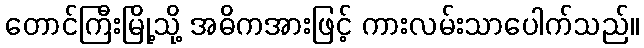
တောင်ကြီးမြို့သို့ အဓိကအားဖြင့် ကားလမ်းသာပေါက်သည်။